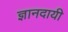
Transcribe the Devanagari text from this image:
ज्ञानदायी